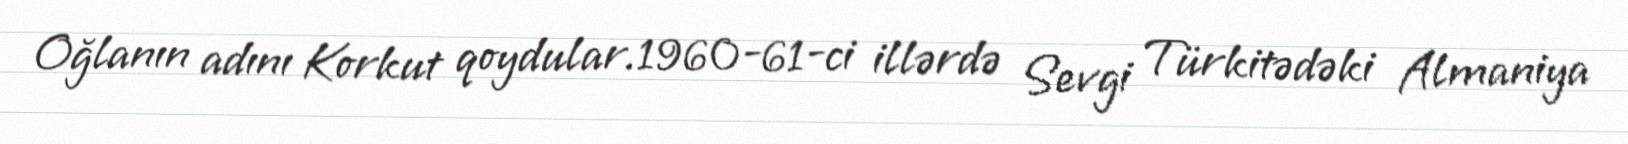
Oğlanın adını Korkut qoydular.1960-61-ci illərdə Sevgi Türkitədəki Almaniya